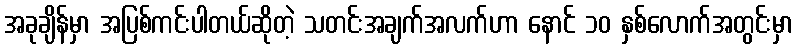
အခုချိန်မှာ အပြစ်ကင်းပါတယ်ဆိုတဲ့ သတင်းအချက်အလက်ဟာ နောင် ၁၀ နှစ်လောက်အတွင်းမှာ